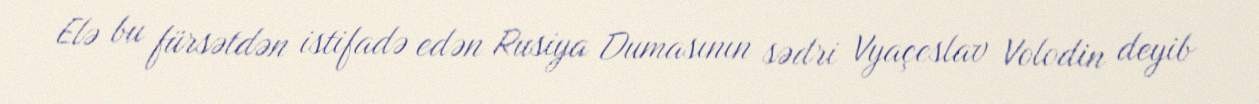
Elə bu fürsətdən istifadə edən Rusiya Dumasının sədri Vyaçeslav Volodin deyib